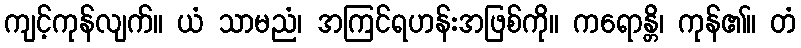
ကျင့်ကုန်လျက်။ ယံ သာမညံ၊ အကြင်ရဟန်းအဖြစ်ကို။ ကရောန္တိ၊ ကုန်၏။ တံ